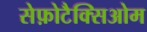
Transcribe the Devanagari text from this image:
सेफ़ोटैक्सिओम